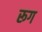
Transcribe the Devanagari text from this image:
रूग